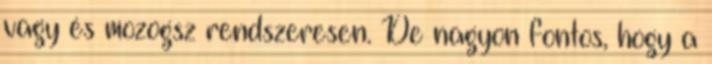
vagy és mozogsz rendszeresen. De nagyon fontos, hogy a